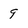
Character: 9